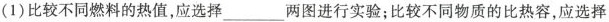
(1)比较不同燃料的热值，应选择___两图进行实验；比较不同物质的比热容，应选择